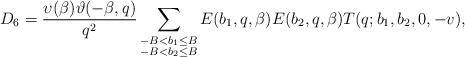
LaTeX: \begin{align*}D_6=\frac{\upsilon(\beta)\vartheta(-\beta,q)}{q^2}\sum_{\substack{-B<b_1\le B\\ -B<b_2\le B }} E(b_1,q,\beta)E(b_2,q,\beta)T(q;b_1,b_2,0,-v),\end{align*}